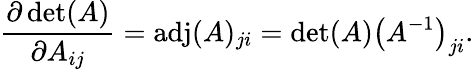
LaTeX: {\frac{\partial\operatorname*{det}(A)}{\partial A_{ij}}}=\operatorname{adj}(A)_{ji}=\operatorname*{det}(A)\left(A^{-1}\right)_{ji}.